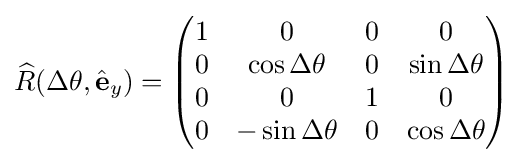
{\widehat {R}}(\Delta \theta ,{\hat {\mathbf {e} }}_{y})={\begin{pmatrix}1&0&0&0\\0&\cos \Delta \theta &0&\sin \Delta \theta \\0&0&1&0\\0&-\sin \Delta \theta &0&\cos \Delta \theta \\\end{pmatrix}}